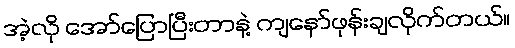
အဲ့လို အော်ပြောပြီးတာနဲ့ ကျနော်ဖုန်းချလိုက်တယ်။